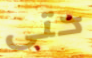
حتى